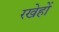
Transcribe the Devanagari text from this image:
रखेहों